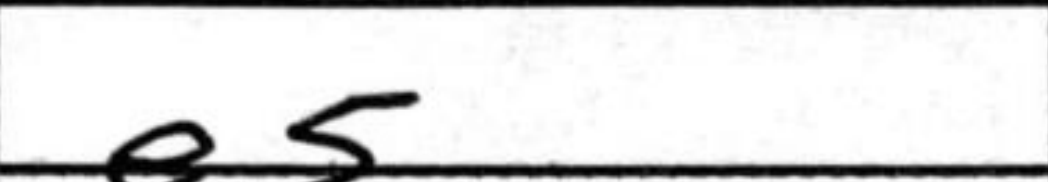
Transcription: e5